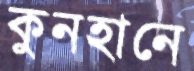
কুনহানে